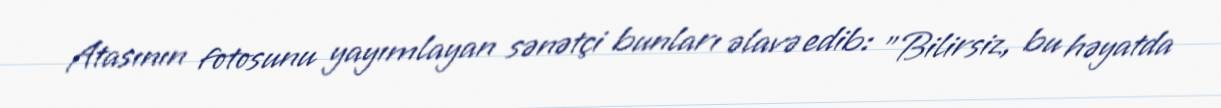
Atasının fotosunu yayımlayan sənətçi bunları əlavə edib: "Bilirsiz, bu həyatda